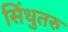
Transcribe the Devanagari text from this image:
सिंधुतरु